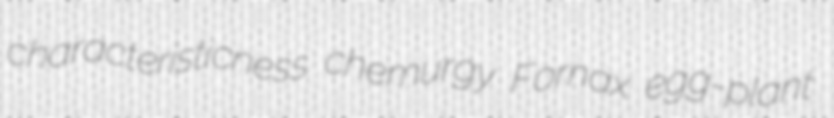
characteristicness chemurgy Fornax egg-plant